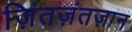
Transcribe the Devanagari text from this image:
ज़िंतज़ंतज़ान